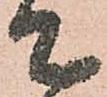
て